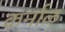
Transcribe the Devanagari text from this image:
कर्नाळ